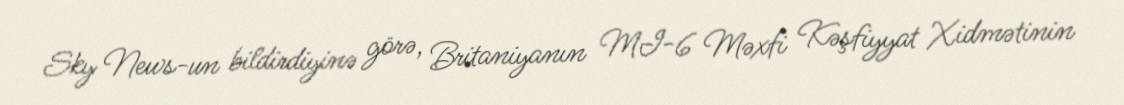
Sky News-un bildirdiyinə görə, Britaniyanın MI-6 Məxfi Kəşfiyyat Xidmətinin